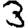
Digit: 3